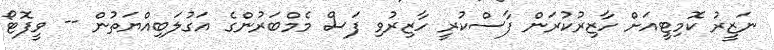
ނަޒީރު ކޮމިޓީއަށް ހާޒިރުކުރަން ފާސްކުރީ ހާޒިރުވި ފަސް މެމްބަރުންގެ އަގުލަބިއްޔަތުން -- ވީފޮޓޯ